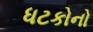
ધટકોનો